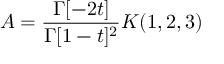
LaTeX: A = \frac { \Gamma [ - 2 t ] } { \Gamma [ 1 - t ] ^ { 2 } } K ( 1 , 2 , 3 )